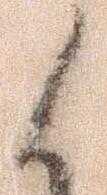
候